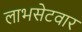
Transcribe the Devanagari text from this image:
लाभसेटवार